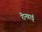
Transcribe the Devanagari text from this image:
रीनहार्ड्ट